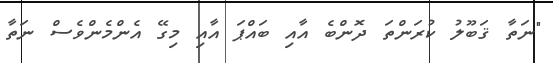
"ނަތާ ޤަބޫލު ކުރަންތަ ދޮންބެ އާއި ބައްޕަ އާއި މިގޭ އެންމެންވެސް ނަތާ